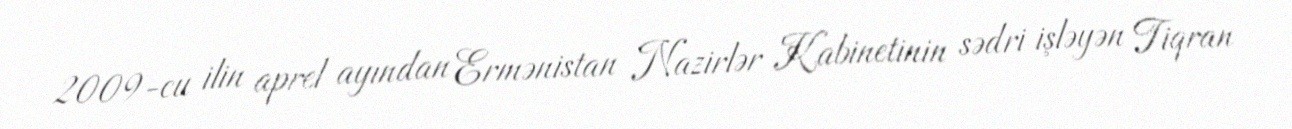
2009-cu ilin aprel ayından Ermənistan Nazirlər Kabinetinin sədri işləyən Tiqran